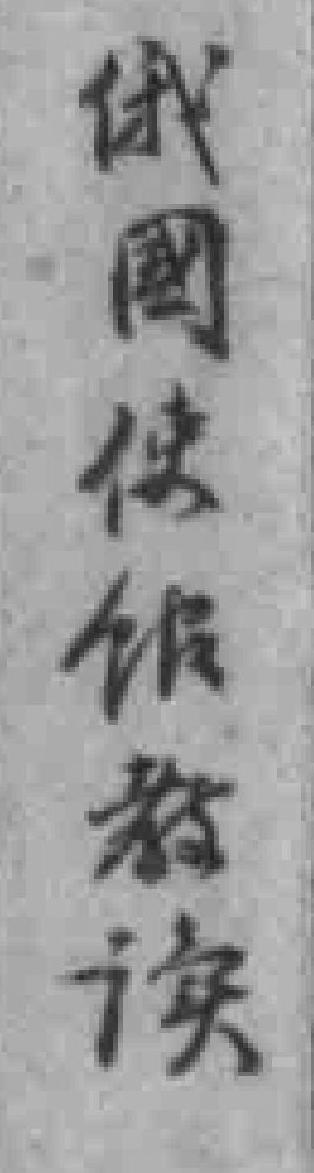
俄國使馆教读